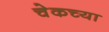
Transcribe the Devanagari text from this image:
चेकच्या